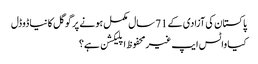
پاکستان کی آزادی کے 71 سال مکمل ہونے پر گوگل کا نیا ڈوڈل
کیا واٹس ایپ غیرمحفوظ اپلیکشن ہے؟